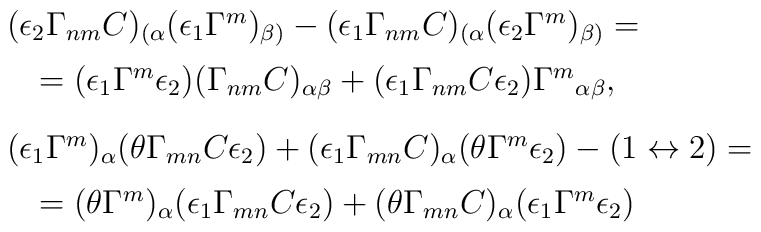
\begin{array}{l}(\epsilon_2\Gamma_{nm}C)_{(\alpha}(\epsilon_1\Gamma^m)_{\beta)}-(\epsilon_1\Gamma_{nm}C)_{(\alpha}(\epsilon_2\Gamma^m)_{\beta)}=\\[1ex]\quad =(\epsilon_1\Gamma^m\epsilon_2)(\Gamma_{nm}C)_{\alpha\beta}+(\epsilon_1\Gamma_{nm}C\epsilon_2){\Gamma^m}_{\alpha\beta},\\[2ex](\epsilon_1\Gamma^m)_\alpha(\theta\Gamma_{mn}C\epsilon_2)+(\epsilon_1\Gamma_{mn}C)_\alpha(\theta\Gamma^m\epsilon_2)-(1\leftrightarrow 2)=\\[1ex]\quad =(\theta\Gamma^m)_\alpha(\epsilon_1\Gamma_{mn}C\epsilon_2)+(\theta\Gamma_{mn}C)_\alpha(\epsilon_1\Gamma^m\epsilon_2)\end{array}